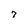
Character: 7